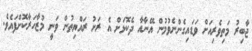
ޖާބިރު މަތިވެރިއަށް ވަޑައިގެންނެވުމުން އޭނާއާ ދެކޮޅަށް އެ ރަށު ރައްޔިތުން ވަނީ މުޒާހަރާކޮށްފައެވެ.